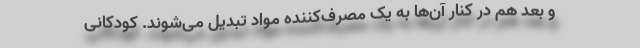
و بعد هم در کنار آن‌ها به یک مصرف‌کننده مواد تبدیل می‌شوند. کودکانی